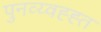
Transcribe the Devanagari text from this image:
पुनव्य्वह्ह्त